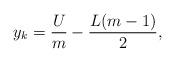
LaTeX: \begin{align*} y_k =\frac{U}{m}-\frac{L(m-1)}{2}, \end{align*}